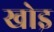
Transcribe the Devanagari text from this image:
खोइ